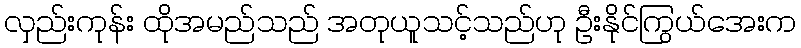
လှည်းကုန်း ထိုအမည်သည် အတုယူသင့်သည်ဟု ဦးနိုင်ကြွယ်အေးက